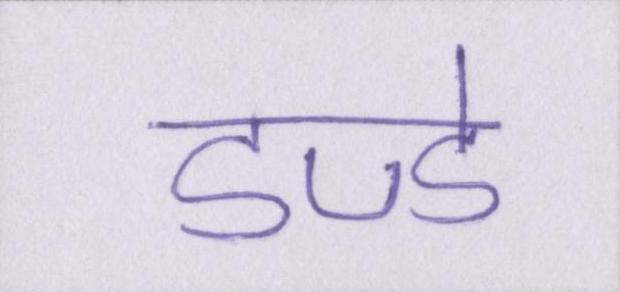
डण्डे